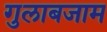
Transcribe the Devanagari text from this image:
गुलाबजाम